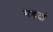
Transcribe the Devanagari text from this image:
मडदां